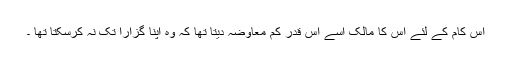
اس کام کے لئے اس کا مالک اسے اس قدر کم معاوضہ دیتا تھا کہ وہ اپنا گزارا تک نہ کرسکتا تھا ۔